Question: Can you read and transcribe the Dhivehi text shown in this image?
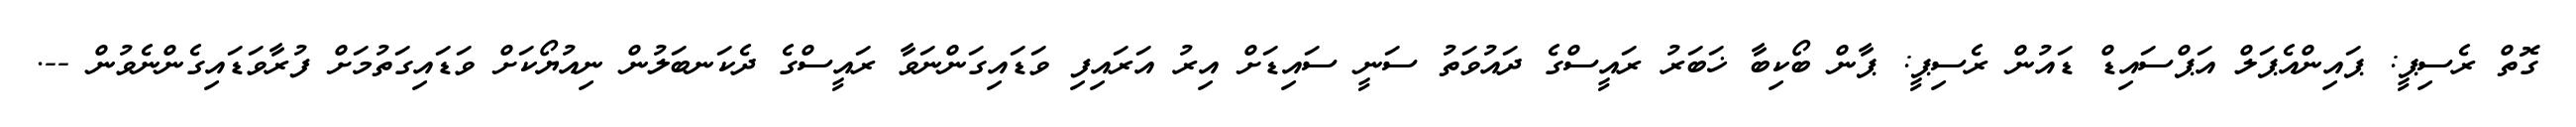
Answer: ގޮތް ރެސިޕީ: ޕައިންއެޕަލް އަޕްސައިޑް ޑައުން ރެސިޕީ: ޕާން ބޯކިބާ ޚަބަރު ރައީސްގެ ދައުވަތު ސަނީ ސައިޑަށް އިރު އަރައިފި ވަޑައިގަންނަވާ ރައީސްގެ ދެކަނބަލުން ނިއުޔޯކަށް ވަޑައިގަތުމަށް ފުރާވަޑައިގެންނެވުން --.